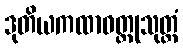
ဒုတိယကထာဝတ္ထုသုတ္တံ